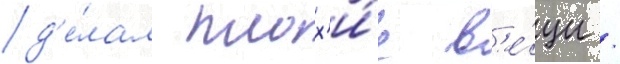
д'е́лал плох'и́е в'е́щи /